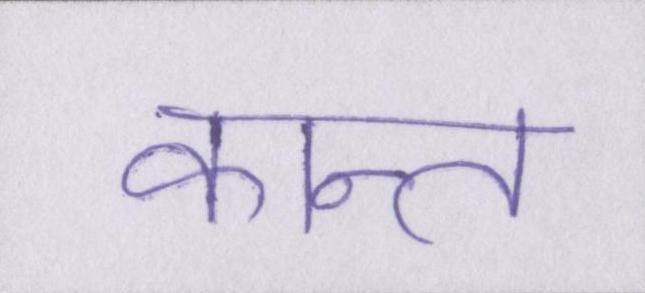
कान्त